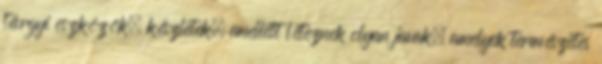
tárgyi eszközök, készletek, emellett léteznek olyan javak, amelyek természetes